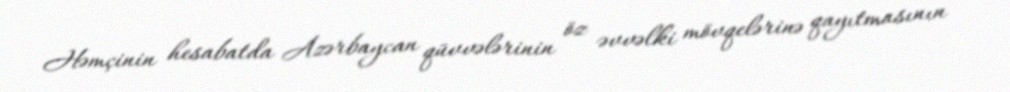
Həmçinin hesabatda Azərbaycan qüvvələrinin öz əvvəlki mövqelərinə qayıtmasının